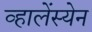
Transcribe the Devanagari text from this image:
व्हालेंस्येन